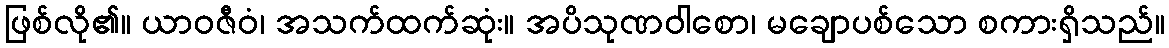
ဖြစ်လို၏။ ယာဝဇီဝံ၊ အသက်ထက်ဆုံး။ အပိသုဏဝါစော၊ မချောပစ်သော စကားရှိသည်။